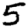
Digit: 5